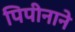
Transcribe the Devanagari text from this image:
पिपीनाने